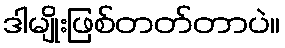
ဒါမျိုးဖြစ်တတ်တာပဲ။